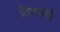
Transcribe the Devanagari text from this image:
विरुबाई